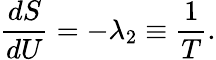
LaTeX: {\frac{dS}{dU}}=-\lambda_{2}\equiv{\frac{1}{T}}.